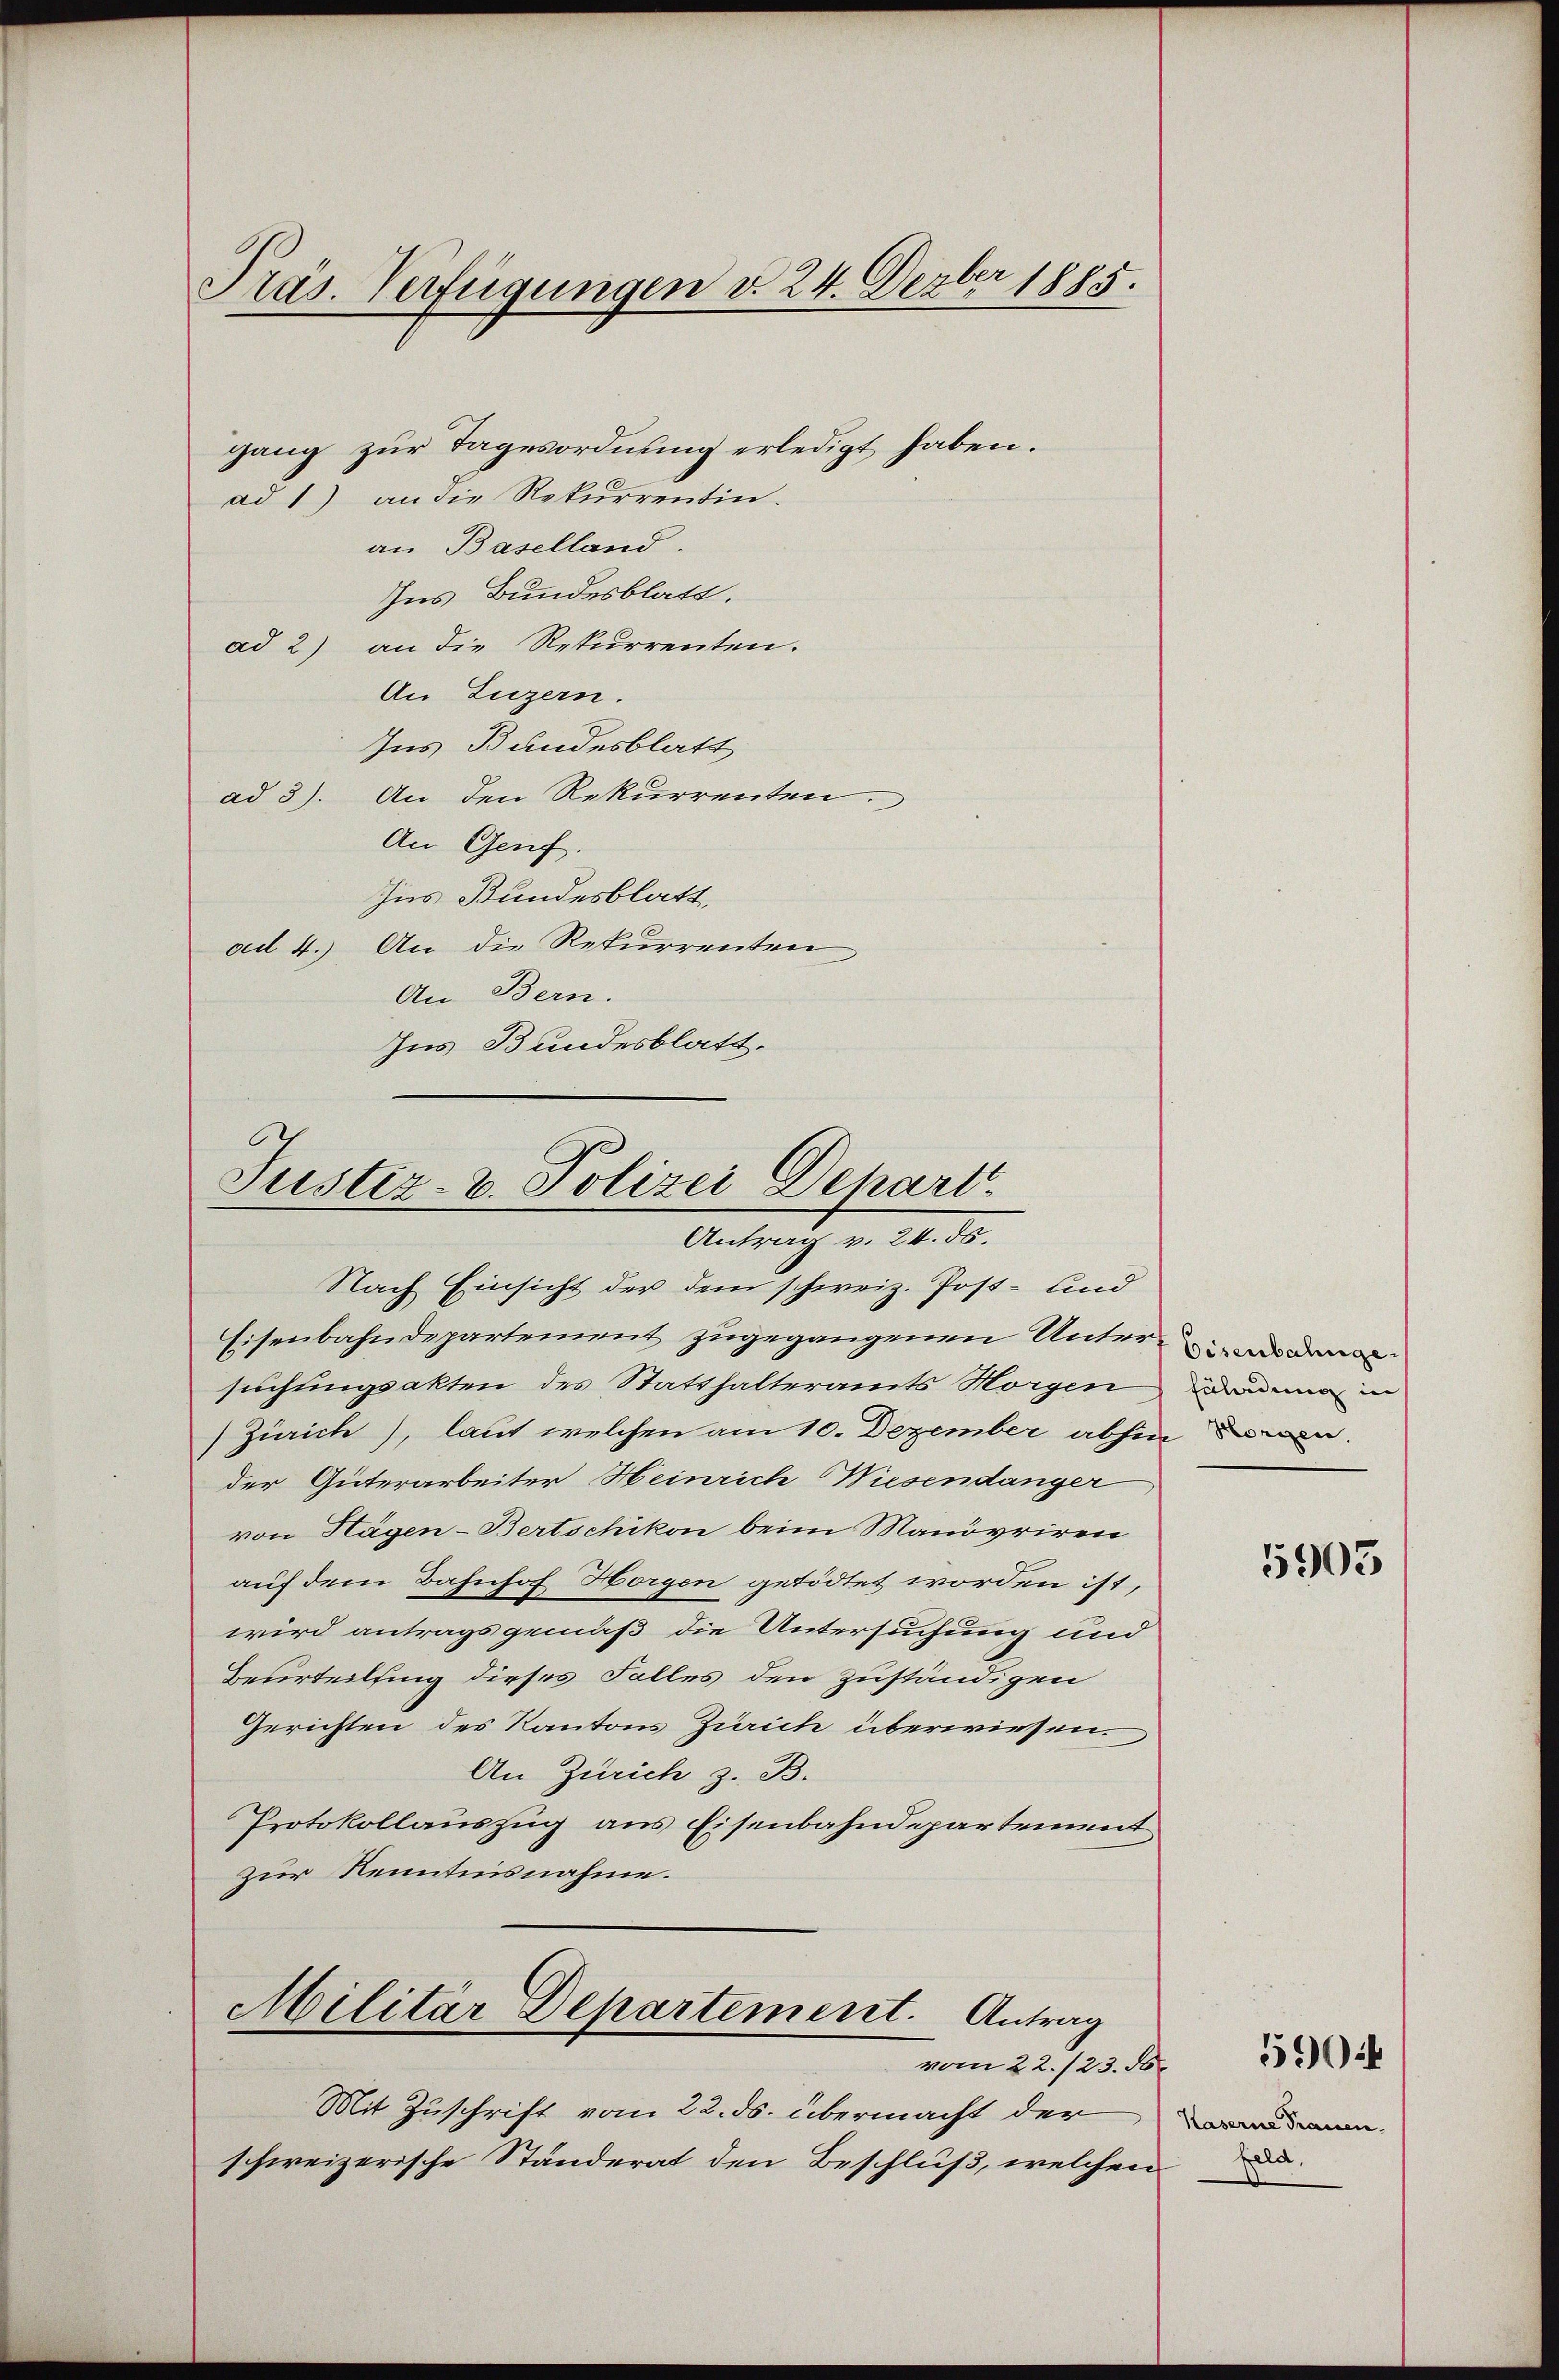
Präs. Verfügungen d. 24. Dezber 1885.

gang zur Tagesordnung erledigt haben.
ad 1) an die Rekurrentin.
an Baselland.
Ins Bundesblatt.
ad 2) an die Rekurrenten.
An Luzern.
Ins Bandesblatt
ad 3). An den Rekurrenten.
An Genf.
Ins Bundesblatt,
ad 4. An die Rekurrenten
An Bern.
Ins Bundesblatt.

Justiz- & Polizei Depart.
Antrag v. 24. ds.
Nach Einsicht der dem schweiz. Post- und

Eisenbahndepartement zugegangenen Unter- den
suchungsakten des Statthalteramts Horgen
Zürich), laut welchen am 10. Dezember abhin den
der Güterarbeiter Heinrich Wiesendanger
von Hagen-Bertschikon beim Manövriren
auf dem Bahnhof Horgen getödtet worden ist,
wird antragsgemäß die Untersuchung und
Beurteilsing dieses Falles den zuständigen
Gerichten des Kantons Zürich überwiesen.
An Zürich z. B.
Protokollauszug aus Eisenbahndepartement
zur Kenntnisnahme.
Militar Departement. Antrag
vom 22./23. 56.
Mit Zuschrift vom 22. ds. übermacht der
schweizerische Ständerat den Beschluß, welchen

Fühordung in

5903

Kaserne Trauen.
feld.

5904